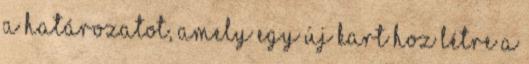
a határozatot, amely egy új kart hoz létre a